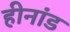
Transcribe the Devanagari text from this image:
हीनांड